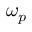
\omega _ { p }